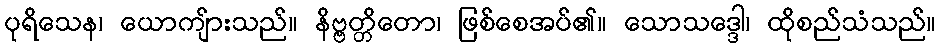
ပုရိသေန၊ ယောကျ်ားသည်။ နိဗ္ဗတ္တိတော၊ ဖြစ်စေအပ်၏။ သောသဒ္ဒေါ၊ ထိုစည်သံသည်။